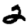
Digit: 2